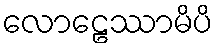
လောဠေဿာမိပိ